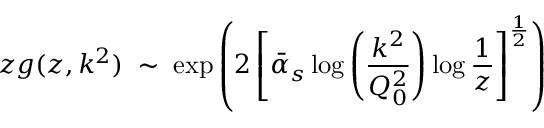
z g ( z , k ^ { 2 } ) \; \sim \; \exp \left( 2 \left[ \bar { \alpha } _ { s } \log \left( \frac { k ^ { 2 } } { Q _ { 0 } ^ { 2 } } \right) \log \frac { 1 } { z } \right] ^ { \frac { 1 } { 2 } } \right)